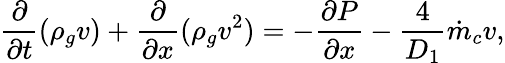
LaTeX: \frac{\partial}{\partial t}(\rho_{g}v)+\frac{\partial}{\partial x}(\rho_{g}v^{2})=-\frac{\partial P}{\partial x}-\frac{4}{D_{1}}\dot{m}_{c}v,